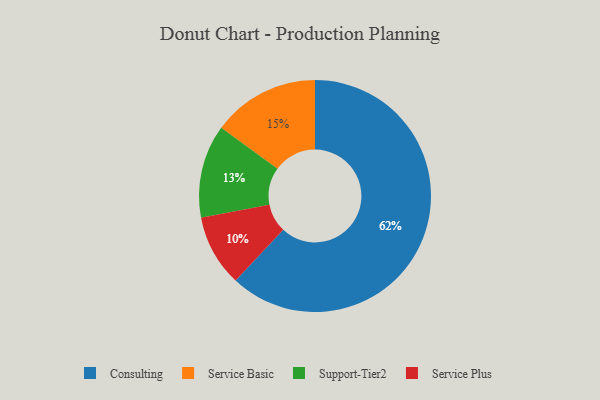
{"axis": {"x": "Category", "y": "Percentage"}, "legend": ["Consulting", "Service Basic", "Service Plus", "Support-Tier2"], "data": [{"x": "Consulting", "y": 62, "type": "Consulting"}, {"x": "Support-Tier2", "y": 13, "type": "Support-Tier2"}, {"x": "Service Plus", "y": 10, "type": "Service Plus"}, {"x": "Service Basic", "y": 15, "type": "Service Basic"}]}